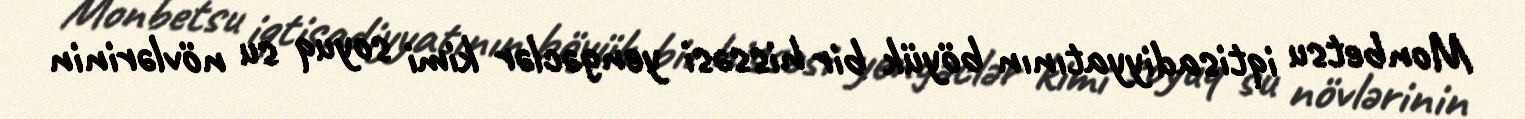
Monbetsu iqtisadiyyatının böyük bir hissəsi yengəclər kimi soyuq su növlərinin